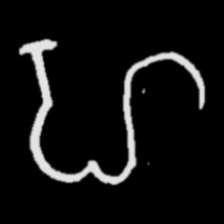
Pyu character \u2014 Myanmar letter: ဟ (romanized: ha)